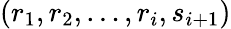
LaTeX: (r_{1},r_{2},\dots,r_{i},s_{i+1})